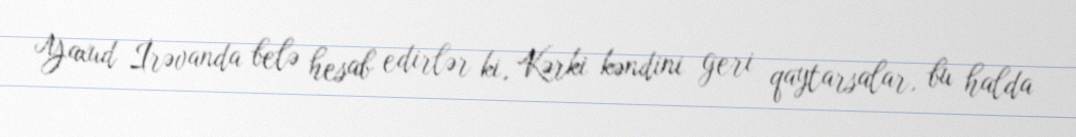
Yaxud İrəvanda belə hesab edirlər ki, Kərki kəndini geri qaytarsalar, bu halda